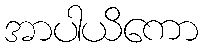
အာပါယိကော